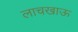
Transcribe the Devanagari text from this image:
लाचखाऊ